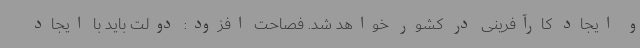
و ایجاد کارآفرینی در کشور خواهد شد. فصاحت افزود: دولت باید با ایجاد